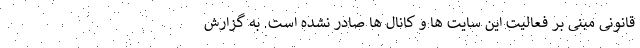
قانونی مبنی بر فعالیت این سایت ها و کانال ها صادر نشده است. به گزارش